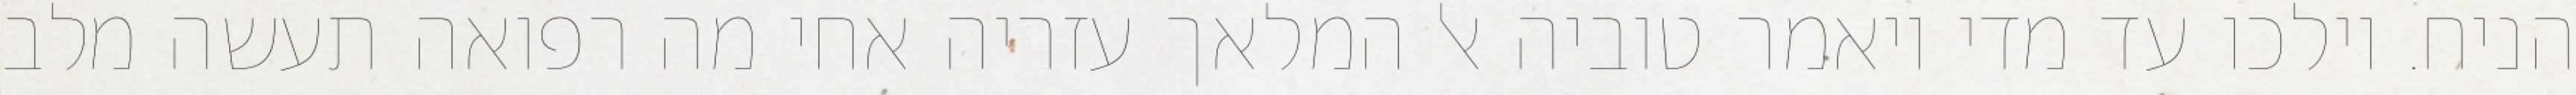
הניח. וילכו עד מדי ויאמר טוביה אל המלאך עזריה אחי מה רפואה תעשה מלב